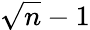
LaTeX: \sqrt{n}-1